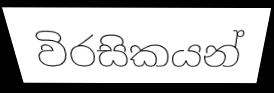
විරසිකයන්